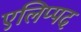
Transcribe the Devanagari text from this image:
एलिप्पद